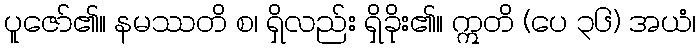
ပူဇော်၏။ နမဿတိ စ၊ ရှိလည်း ရှိခိုး၏။ ဣတိ (ပေ ၃၆) အယံ၊